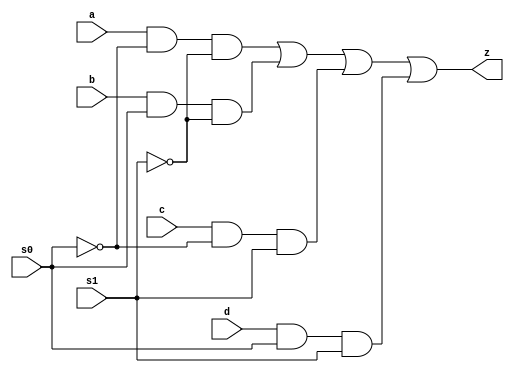
module multiplexer1_to_4(
	input a,
	input b,
	input c,
	input d,
	input s0,
	input s1,
	output z
    );
and(temp1, a, ~s0, ~s1);
and(temp2, b, s0, ~s1);
and(temp3, c, ~s0, s1);
and(temp4, d, s0, s1);

or(z, temp1, temp2, temp3, temp4);

endmodule